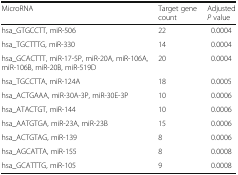
<table><thead><tr><td><b>MicroRNA</b></td><td><b>Target gene count</b></td><td><b>Adjusted <i>P</i> value</b></td></tr></thead><tbody><tr><td>hsa_GTGCCTT, miR-506</td><td>22</td><td>0.0004</td></tr><tr><td>hsa_TGCTTTG, miR-330</td><td>14</td><td>0.0004</td></tr><tr><td>hsa_GCACTTT, miR-17-5P, miR-20A, miR-106A, miR-106B, miR-20B, miR-519D</td><td>20</td><td>0.0004</td></tr><tr><td>hsa_TGCCTTA, miR-124A</td><td>18</td><td>0.0005</td></tr><tr><td>hsa_ACTGAAA, miR-30A-3P, miR-30E-3P</td><td>10</td><td>0.0006</td></tr><tr><td>hsa_ATACTGT, miR-144</td><td>10</td><td>0.0006</td></tr><tr><td>hsa_AATGTGA, miR-23A, miR-23B</td><td>15</td><td>0.0006</td></tr><tr><td>hsa_ACTGTAG, miR-139</td><td>8</td><td>0.0006</td></tr><tr><td>hsa_AGCATTA, miR-155</td><td>8</td><td>0.0008</td></tr><tr><td>hsa_GCATTTG, miR-105</td><td>9</td><td>0.0008</td></tr></tbody></table>